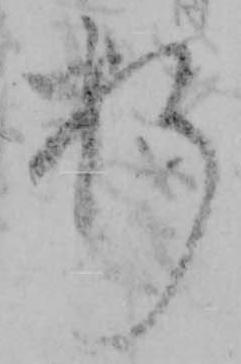
折